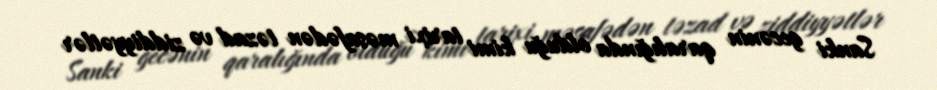
Sanki gecənin qaralığında olduğu kimi tarixi məsafədən təzad və ziddiyyətlər